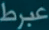
عبرط